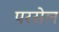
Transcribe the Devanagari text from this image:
परसेल